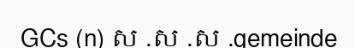
GCs (n) ស .ស .ស .gemeinde